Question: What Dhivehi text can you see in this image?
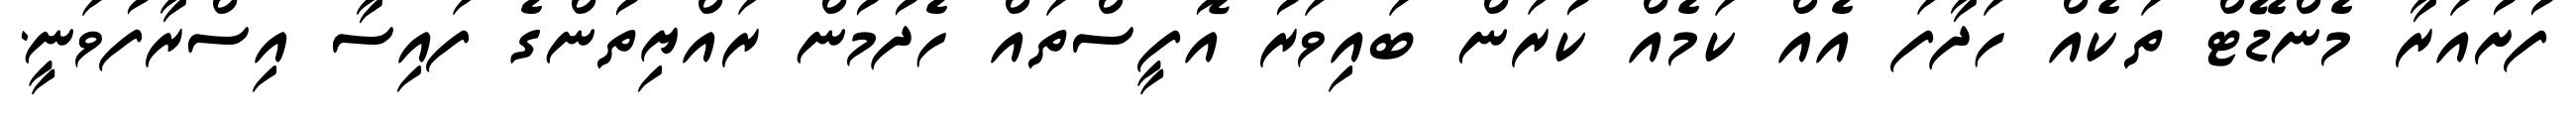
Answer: ފުށުއަރާ މެންޑޭޓް ތަކެއް ހަދާފަ އެއް ކަމެއް ކުރަން ބައިވަރު އޮފީސްތައް ހެދުމުން ރައްޔިތުންގެ ފައިސާ އިސްރާފުވަނީ.